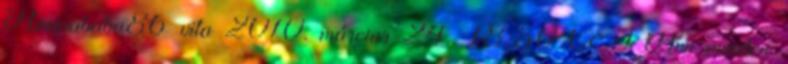
Hannababa86 vita 2010. március 24., 18:50 CET Ami minden